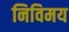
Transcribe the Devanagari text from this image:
निविमय